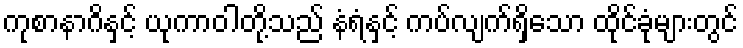
ကုစာနာဂိနှင့် ယုကာဝါတို့သည် နံရံနှင့် ကပ်လျက်ရှိသော ထိုင်ခုံများတွင်